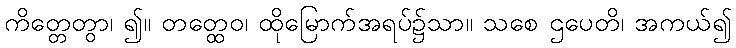
ကိတ္တေတွာ၊ ၍။ တတ္ထေဝ၊ ထိုမြောက်အရပ်၌သာ။ သစေ ဌပေတိ၊ အကယ်၍